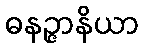
ဓနဉ္ဇာနိယာ